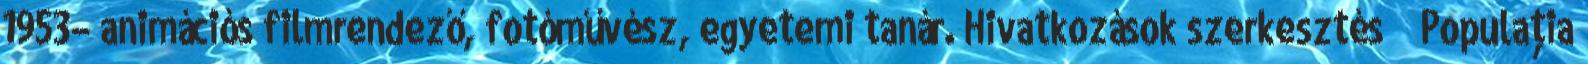
1953– animációs filmrendező, fotóművész, egyetemi tanár. Hivatkozások szerkesztés ↑ Populaţia